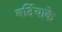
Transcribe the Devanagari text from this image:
बर्दियाके